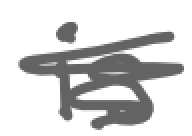
Text: is
Cross-out: scratch
Writing tool: digital_gray